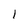
Character: l